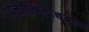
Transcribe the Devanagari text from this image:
अनामिकेबद्दल